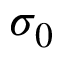
\sigma _ { 0 }